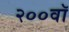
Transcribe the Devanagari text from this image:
२००वॉ